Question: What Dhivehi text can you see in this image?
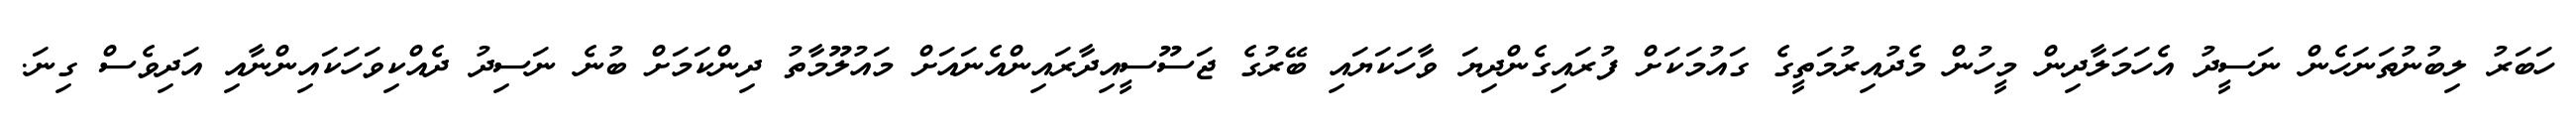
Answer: ހަބަރު ލިބުނުތަނަހެން ނަސީދު އެހަމަލާދިން މީހުން މެދުއިރުމަތީގެ ގައުމަކަށް ފުރައިގެންދިޔަ ވާހަކަޔައި ބޭރުގެ ޖަސޫސީއިދާރައިންއެނައަށް މައުލޫމާތު ދިންކަމަށް ބުނެ ނަސިދު ދެއްކިވަހަކައިންނާއި އަދިވެސް ގިނަ.